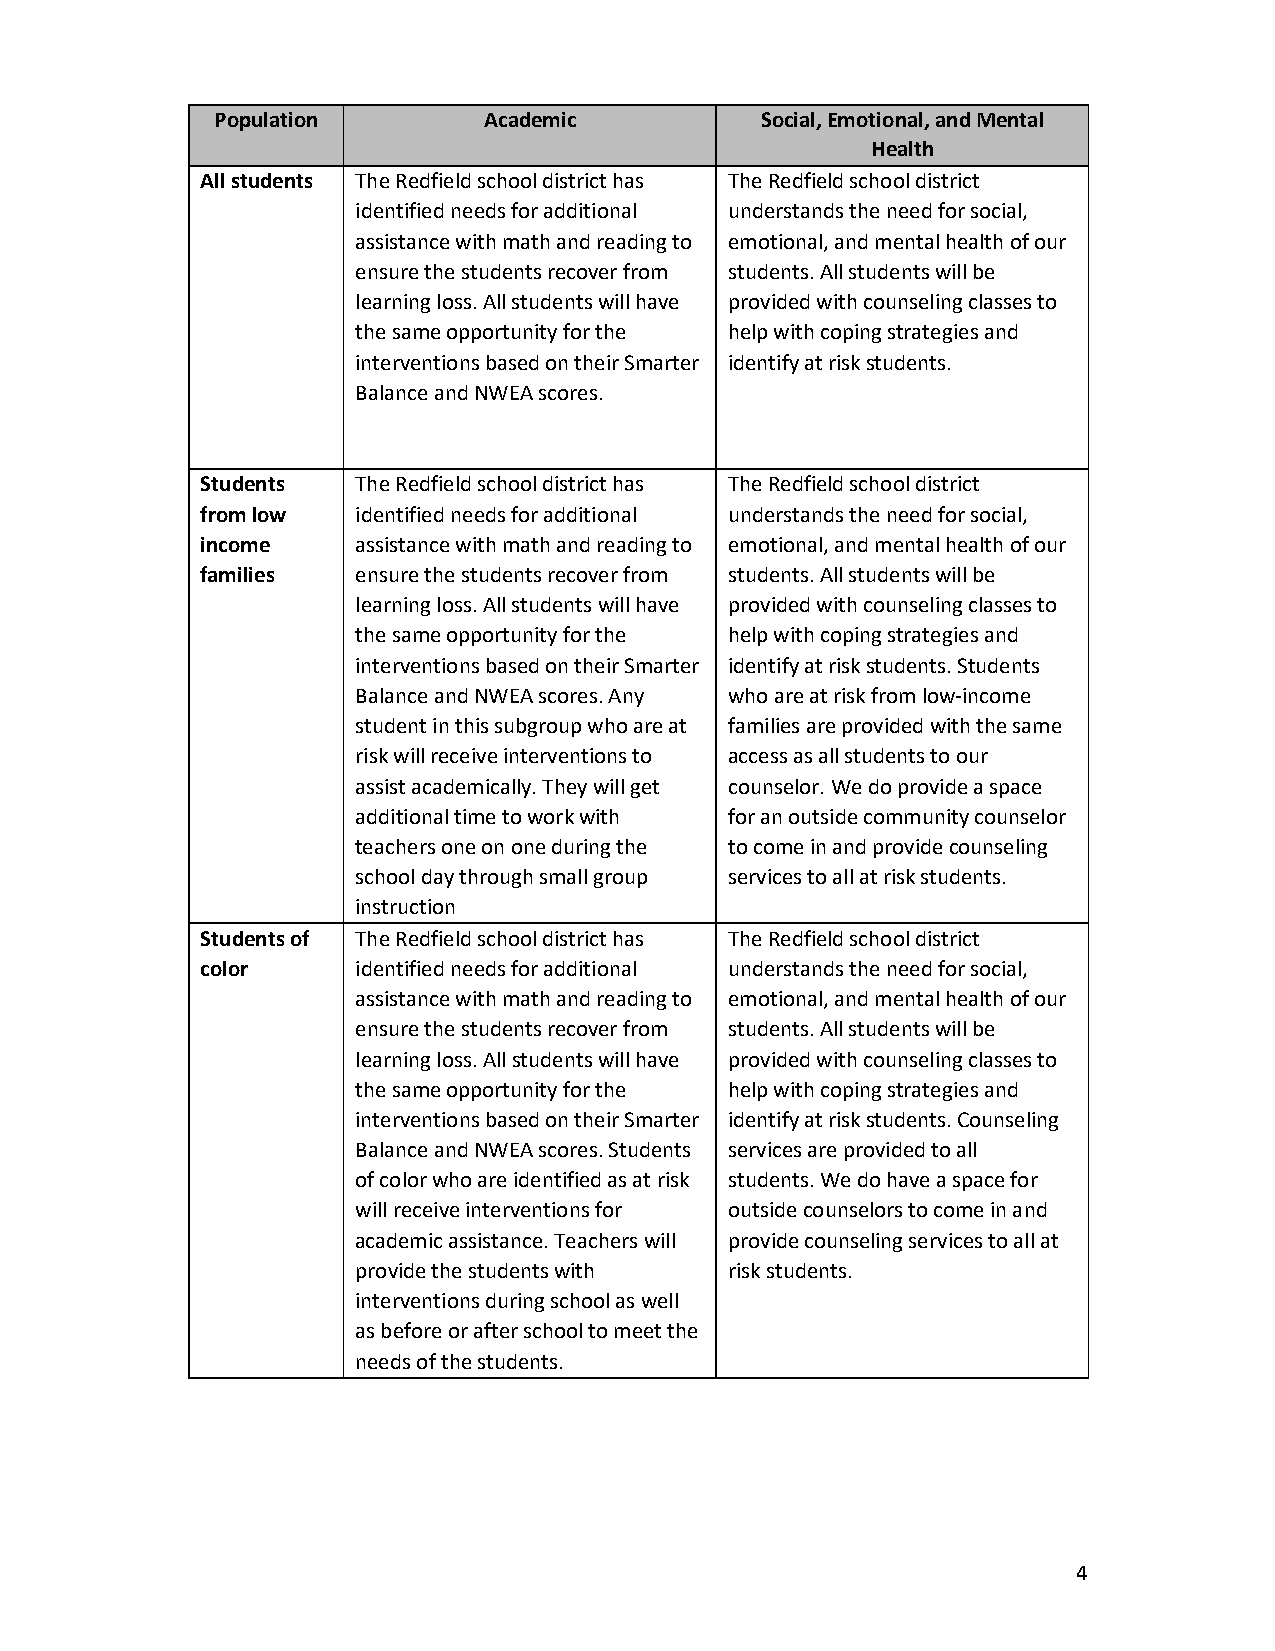
Population        Academic          Social, Emotional, and Mental
 Health
 All students The Redfield school district has The Redfield school district
 identified needs for additional understands the need for social,
 assistance with math and reading to emotional, and mental health of our
 ensure the students recover from students. All students will be
 learning loss. All students will have provided with counseling classes to
 the same opportunity for the help with coping strategies and
 interventions based on their Smarter identify at risk students.
 Balance and NWEA scores.
 Students   The Redfield school district has The Redfield school district
 from low   identified needs for additional understands the need for social,
 income     assistance with math and reading to emotional, and mental health of our
 families   ensure the students recover from students. All students will be
 learning loss. All students will have provided with counseling classes to
 the same opportunity for the help with coping strategies and
 interventions based on their Smarter identify at risk students. Students
 Balance and NWEA scores. Any who are at risk from low-income
 student in this subgroup who are at families are provided with the same
 risk will receive interventions to access as all students to our
 assist academically. They will get counselor. We do provide a space
 additional time to work with for an outside community counselor
 teachers one on one during the to come in and provide counseling
 school day through small group services to all at risk students.
 instruction
 Students of The Redfield school district has The Redfield school district
 color      identified needs for additional understands the need for social,
 assistance with math and reading to emotional, and mental health of our
 ensure the students recover from students. All students will be
 learning loss. All students will have provided with counseling classes to
 the same opportunity for the help with coping strategies and
 interventions based on their Smarter identify at risk students. Counseling
 Balance and NWEA scores. Students services are provided to all
 of color who are identified as at risk students. We do have a space for
 will receive interventions for outside counselors to come in and
 academic assistance. Teachers will provide counseling services to all at
 provide the students with risk students.
 interventions during school as well
 as before or after school to meet the
 needs of the students.
 4